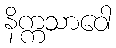
နိက္ကသာဝေါ